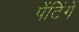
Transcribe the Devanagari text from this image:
पेंटिंगें